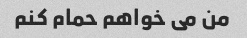
من می خواهم حمام کنم